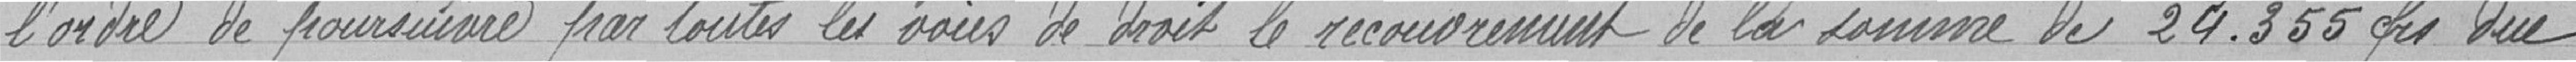
"l'ordre de poursuivre par toutes les voies de droit le recouvrement de la somme de 24.355 francs due.